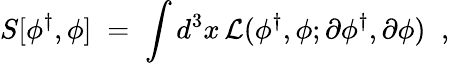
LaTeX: S[\phi^{\dagger},\phi]\; =\; \int d^{3}x\, {\cal L}(\phi^{\dagger},\phi;\partial\phi^{\dagger},\partial\phi)\; \; ,